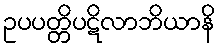
ဥပပတ္တိပဋိလာဘိယာနိ